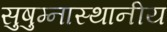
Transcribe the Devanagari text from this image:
सुषुम्नास्थानीय